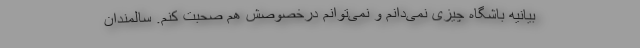
بیانیه باشگاه چیزی نمی‌دانم و نمی‌توانم درخصوصش هم صحبت کنم. سالمندان